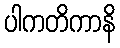
ပါကတိကာနိ